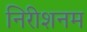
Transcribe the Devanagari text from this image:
निरीशनम